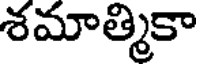
శమాత్మికా